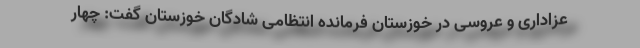
عزاداری و عروسی در خوزستان فرمانده انتظامی شادگان خوزستان گفت: چهار